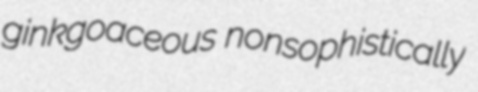
ginkgoaceous nonsophistically